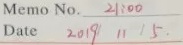
Memo No. 2100
Date 2019 / 11 / 5